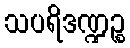
သပရိဒဏ္ဍဉ္စ